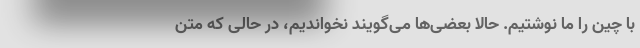
با چین را ما نوشتیم. حالا بعضی‌ها می‌گویند نخواندیم، در حالی که متن